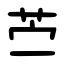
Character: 苎